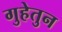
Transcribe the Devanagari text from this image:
गुहेतुन